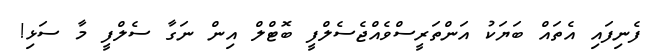
ފެނިފައި އެތައް ބަޔަކު އަންތަރީސްވެއްޖެސެލްފީ ބޮޓްލް އިން ނަގާ ސެލްފީ މާ ސަޅި!